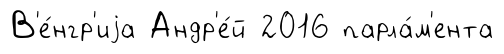
В'е́нгр'иjа Андр'е́й 2016 парла́м'ента